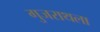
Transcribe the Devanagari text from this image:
गुजराथला